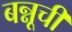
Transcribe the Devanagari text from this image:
बन्नूची